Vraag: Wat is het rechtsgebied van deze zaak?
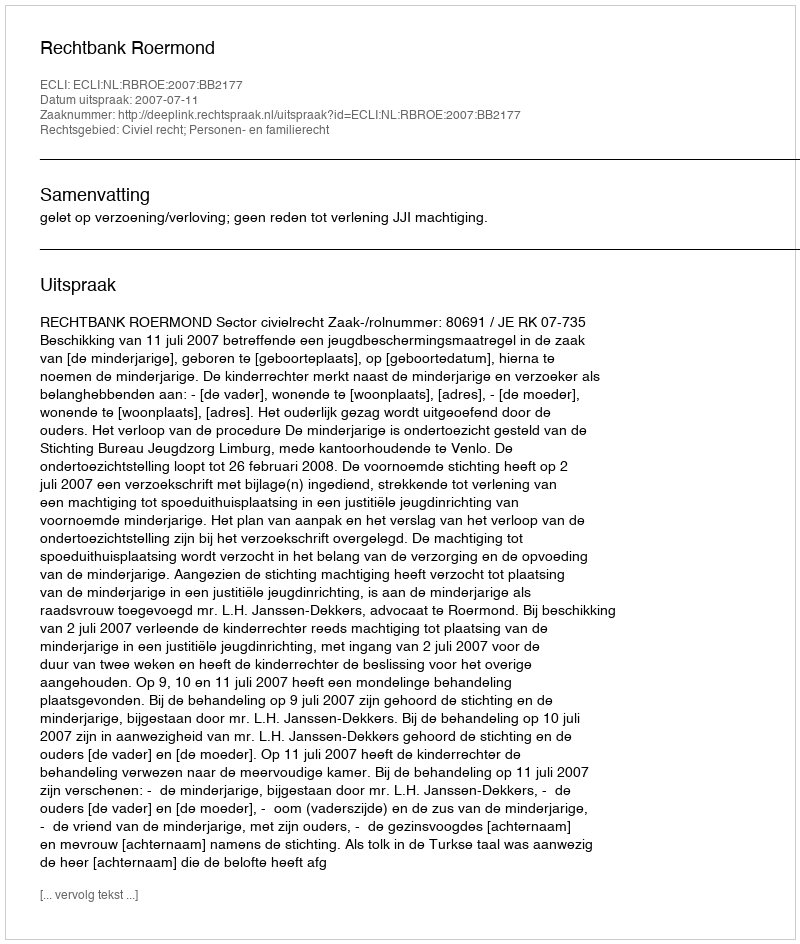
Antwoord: Civiel recht; Personen- en familierecht